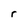
Character: r